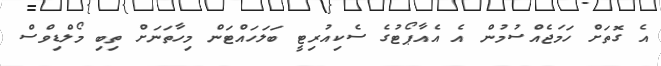
އެ ގޮތަށް ހަމަޖެއްސުމުން އެ އެއާޕޯޓުގެ ސެކިއުރިޓީ ބަލަހައްޓަން މިހާތަނަށް ތިބި މޯލްޑިވްސް